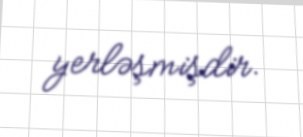
yerləşmişdir.